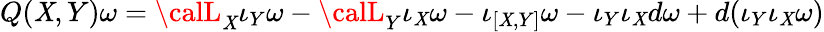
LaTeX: Q(\mathit{X},Y)\omega={\calL}_{\mathit{X}}\iota_{Y}\omega-{\calL}_{Y}\iota_{\mathit{X}}\omega-\iota_{[\mathit{X},Y]}\omega-\iota_{Y}\iota_{\mathit{X}}d\omega+d(\iota_{Y}\iota_{\mathit{X}}\omega)